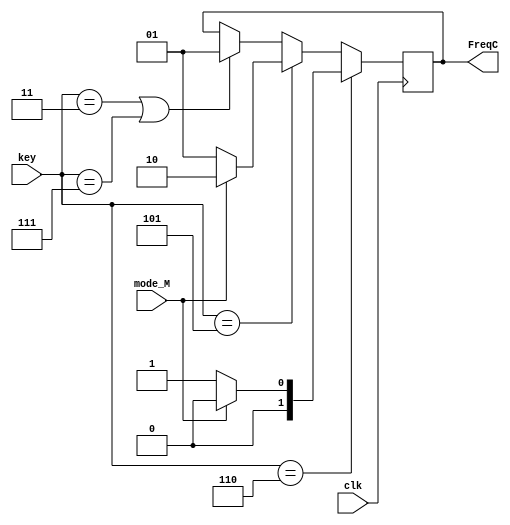
`timescale 1ns / 1ps
//////////////////////////////////////////////////////////////////////////////////
// Company: 
// Engineer: 
// 
// Design Name: 
// Module Name:    ASK_set 
// Project Name: 
// Target Devices: 
// Tool versions: 
// Description: 
//
// Dependencies: 
//
// Revision: 
// Revision 0.01 - File Created
// Additional Comments: 
//
//////////////////////////////////////////////////////////////////////////////////
module ASK_set(
    input mode_M,
	 input clk,
	 input [2:0] key,
	 output [1:0]FreqC
	 
    );
	 
reg [1:0]FreqC_reg;
assign FreqC = FreqC_reg;  //

always@(posedge clk)
  begin

   if(key == 3'b110)
	begin
	  if(mode_M == 0)
	    FreqC_reg <= 2'b01;
	  else
		 FreqC_reg <= 2'b00;
	end
	
	else if(key == 3'b101)
	begin
	if(mode_M == 0)
	   FreqC_reg <= 1;
	else                                 
		FreqC_reg <= 2;
	end
	
	else if(key == 3'b011 || key == 3'b111)
	   FreqC_reg <= 1;	
  end
endmodule